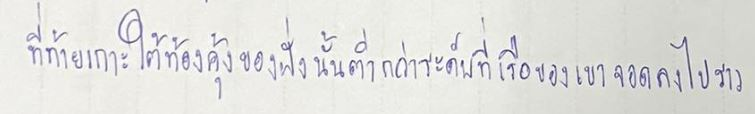
ที่ท้ายเกาะใต้ท้องคุ้งของฝั่งนั้นต่ำกว่าระดับที่เรือของเขาจอดลงไปราว